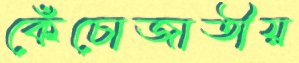
কেঁচোজাতীয়